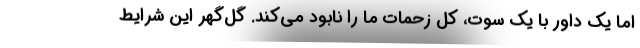
اما یک داور با یک سوت، کل زحمات ما را نابود می‌کند. گل‌گهر این شرایط